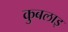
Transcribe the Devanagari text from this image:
कुबलाइ